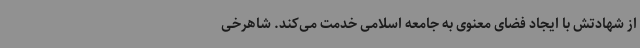
از شهادتش با ایجاد فضای معنوی به جامعه اسلامی خدمت می‌کند. شاهرخی